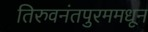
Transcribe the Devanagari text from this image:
तिरुवनंतपुरममधून